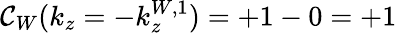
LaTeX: \mathcal{C}_{W}(k_{z}=-k_{z}^{W,1})=+1-0=+1